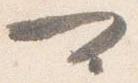
可